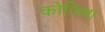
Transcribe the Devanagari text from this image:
कोजिबा